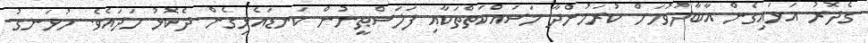
ގެދޮރު އަޅައިގެން އާބާދުވުމަށް ކުރަމުންދާ މަސައްކަތްތަކާއި ފަލަސްޠީނުން ކަނޑައެޅިގެން ދެކޮޅު ހަދައެވެ. ހުޅަނގު